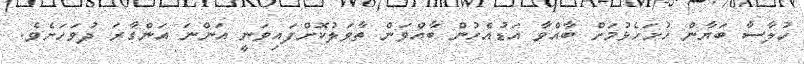
ހުލާސާ ބަޔާން ހުށަހެޅުމަށް ބާއްވާ އަޑުއެހުން ބާއްވަން ތާވަލުކޮށްފައިވަނީ އަންނަ އަންގާރަ ދުވަހަށެވެ.